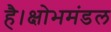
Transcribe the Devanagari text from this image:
है।क्षोभमंडल